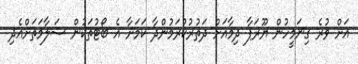
އަށް ވުރެ ގިނަމީހުން ޔޫރަޕާ ދިމާއަށް ދަތުރުކުރަމުންދާ ކަމަށާ އެ ބޯޓުތަކުން ސަލާމަތަށްއެދި